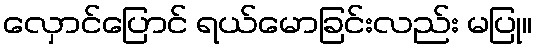
လှောင်ပြောင် ရယ်မောခြင်းလည်း မပြု။